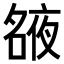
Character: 𡖺